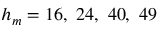
h _ { m } = 1 6 , \ 2 4 , \ 4 0 , \ 4 9